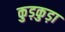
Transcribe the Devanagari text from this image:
कुड़कुड़ा